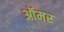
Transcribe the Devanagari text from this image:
ऑमर